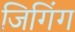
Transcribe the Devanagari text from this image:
जिगिंग